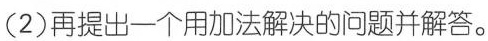
（2）再提出一个用加法解决的问题并解答